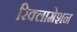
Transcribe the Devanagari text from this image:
रिक्लामेशन